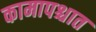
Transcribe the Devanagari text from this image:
कामापश्चात